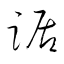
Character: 踞